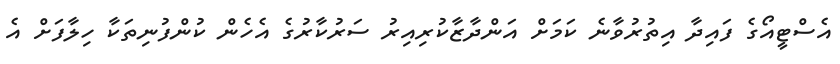
އެސްޓީއޯގެ ފައިދާ އިތުރުވާނެ ކަމަށް އަންދާޒާކުރިއިރު ސަރުކާރުގެ އެހެން ކުންފުނިތަކާ ހިލާފަށް އެ